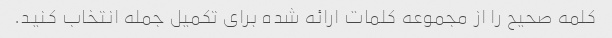
کلمه صحیح را از مجموعه کلمات ارائه شده برای تکمیل جمله انتخاب کنید.